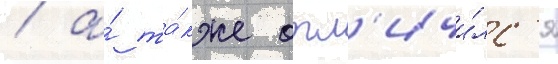
/ а́ та́кже отл'ичи́лс'я